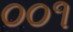
૦૦૧